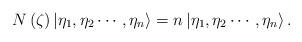
LaTeX: \begin{align*}N\left( \zeta \right) \left| \eta _{1},\eta _{2}\cdots ,\eta _{n}\right\rangle =n\left| \eta _{1},\eta _{2}\cdots ,\eta _{n}\right\rangle .\end{align*}